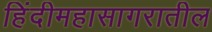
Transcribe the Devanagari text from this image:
हिंदीमहासागरातील